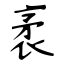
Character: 袤